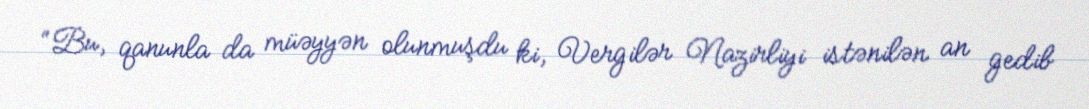
“Bu, qanunla da müəyyən olunmuşdu ki, Vergilər Nazirliyi istənilən an gedib